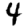
Digit: 4